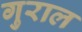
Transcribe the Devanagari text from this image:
गुराल